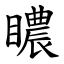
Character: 䁸